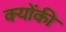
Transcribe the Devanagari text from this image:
क्‍योंकी